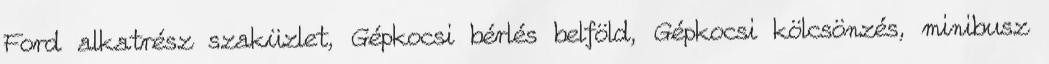
Ford alkatrész szaküzlet, Gépkocsi bérlés belföld, Gépkocsi kölcsönzés, minibusz